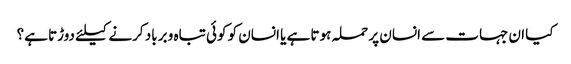
کیا ان جہات سے انسان پر حملہ ہوتا ہے یا انسان کو کوئی تباہ و برباد کرنے کیلئے دوڑتا ہے؟